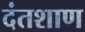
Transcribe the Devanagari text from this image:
दंतशाण